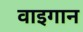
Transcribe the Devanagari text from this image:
वाइगान